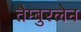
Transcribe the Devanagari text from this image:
तैम्बुरलेन